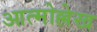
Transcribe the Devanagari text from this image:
आत्मोल्लेख